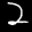
Label: 2